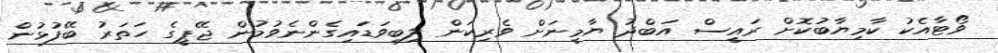
ވޯޓާއެކު ކާމިޔާބުކޮށް ރައީސް އަބްދު ޔާމީނަށް ވެރިކަން ލިބިވަޑައިގެންނެވުމުން ޖޭޕީގެ ހަތަރު ބޭފުޅުން